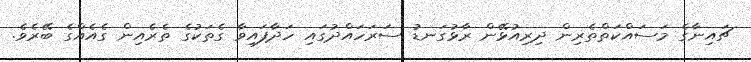
ޗައިނާގެ މަސައްކަތްތެރިން ދިރިއުޅޭން ރާޅުގަނޑު ސަރަހައްދުގައި ހަދާފައިވާ ގެތަކުގެ ތެރެއިން ގެއެއްގެ ބޭރެވެ.